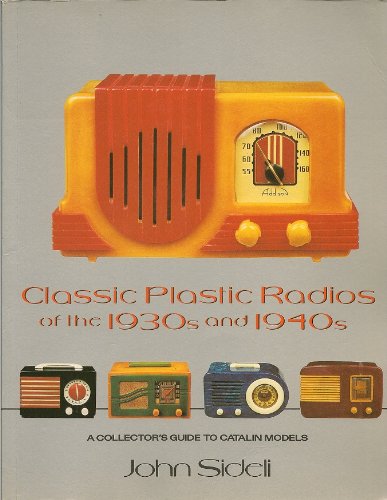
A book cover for Classic Plastic Radios of the 1930s and 1940s: A Collector's Guide to Catalin Models; John Sideli; Crafts, Hobbies & Home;